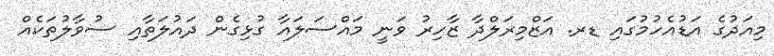
މިއަދުގެ އަޑުއެހުމުގައި ޑރ. އަޒްމިރަލްދާ ޒާހިރު ވަނީ މައްސަލައާ ގުޅިގެން ދައުލަތާއި ސުވާލުތަކެއް